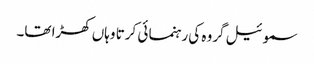
سموئیل گروہ کی رہنما ئی کرتا وہاں کھڑا تھا۔